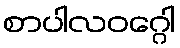
စာပါလဝဂ္ဂေါ